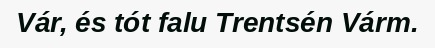
Vár, és tót falu Trentsén Várm.